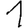
Digit: 1